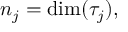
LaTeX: n _ { j } = \dim ( \tau _ { j } ) ,